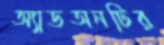
অ্যাডঅনটির